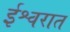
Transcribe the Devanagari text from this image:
ईश्वरात